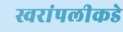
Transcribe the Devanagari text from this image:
स्वरांपलीकडे